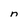
Character: n